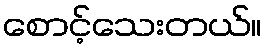
စောင့်သေးတယ်။